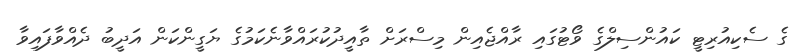
ގެ ސެކިއުރިޓީ ކައުންސިލްގެ ވޯޓުގައި ރާއްޖެއިން މިސްރަށް ތާއީދުކުރައްވާނެކަމުގެ ޔަގީންކަން އަދީބު ދެއްވާފައިވާ